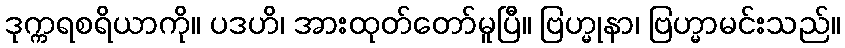
ဒုက္ကရစရိယာကို။ ပဒဟိ၊ အားထုတ်တော်မူပြီ။ ဗြဟ္မုနာ၊ ဗြဟ္မာမင်းသည်။